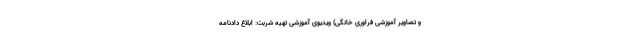
و تصاویر آموزشی فراوری خانگی) ویدیوی آموزشی تهیه شربت: ابلاغ دادنامه